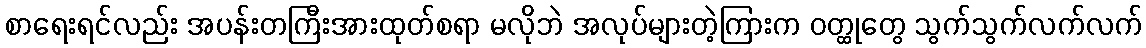
စာရေးရင်လည်း အပန်းတကြီးအားထုတ်စရာ မလိုဘဲ အလုပ်များတဲ့ကြားက ဝတ္ထုတွေ သွက်သွက်လက်လက်